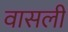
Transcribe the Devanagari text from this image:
वासली